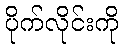
ပိုက်လိုင်းကို